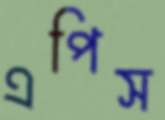
এপিস